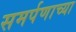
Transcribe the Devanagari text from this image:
समर्पणाच्या